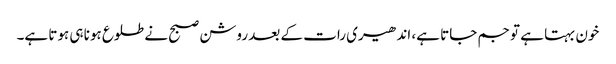
خون بہتا ہے تو جم جاتا ہے، اندھیری رات کے بعد روشن صبح نے طلوع ہونا ہی ہوتا ہے۔